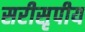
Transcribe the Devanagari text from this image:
सरीसृपीय